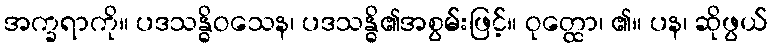
အက္ခရာကို။ ပဒသန္ဓိဝသေန၊ ပဒသန္ဓိ၏အစွမ်းဖြင့်။ ဝုတ္ထော၊ ၏။ ပန၊ ဆိုဖွယ်